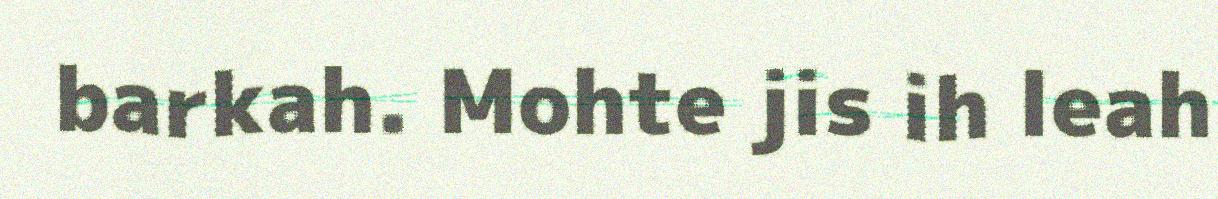
barkah. Mohte jis ih leah